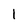
Character: I